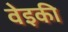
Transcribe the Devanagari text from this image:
वेइकी